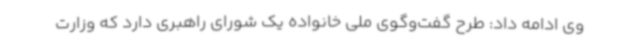
وی ادامه داد: طرح گفت‌وگوی ملی خانواده یک شورای راهبری دارد که وزارت